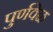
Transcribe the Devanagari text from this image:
पुर्णवेळ